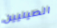
الصينيين